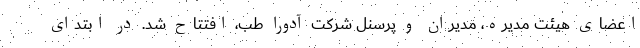
اعضای هیئت مدیره، مدیران و پرسنل شرکت آدورا طب، افتتاح شد. در ابتدای